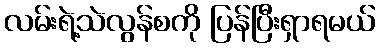
လမ်းရဲ့သဲလွန်စကို ပြန်ပြီးရှာရမယ်